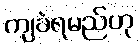
ကျခံရမည်ဟု